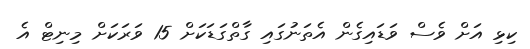
ކިޅި އަށް ވެސް ވަޑައިގެން އެތަނުގައި ގާތްގަޑަކަށް 15 ވަރަކަށް މިނިޓް އެ